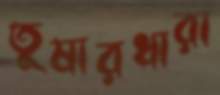
তুষারধারা